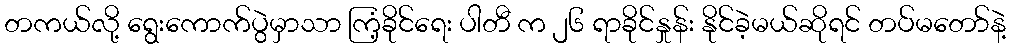
တကယ်လို့ ရွေးကောက်ပွဲမှာသာ ကြံ့ခိုင်ရေး ပါတီ က ၂၆ ရာခိုင်နှုန်း နိုင်ခဲ့မယ်ဆိုရင် တပ်မတော်နဲ့